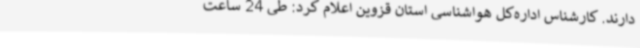
دارند. کارشناس اداره‌کل هواشناسی استان قزوین اعلام کرد: طی 24 ساعت